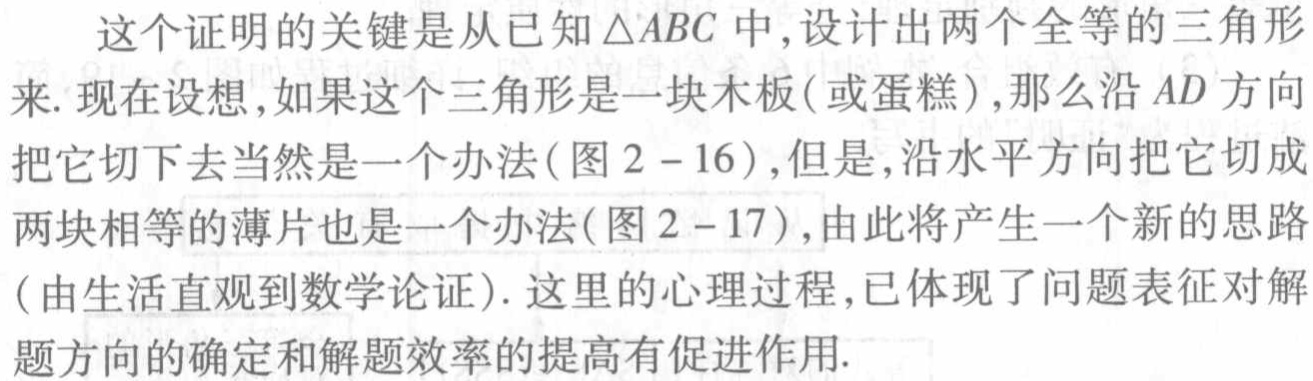
这个证明的关键是从已知$\triangle ABC$中,设计出两个全等的三角形来. 现在设想,如果这个三角形是一块木板(或蛋糕),那么沿$AD$方向把它切下去当然是一个办法(图$2 - 16$),但是,沿水平方向把它切成两块相等的薄片也是一个办法(图$2 - 17$),由此将产生一个新的思路(由生活直观到数学论证). 这里的心理过程,已体现了问题表征对解题方向的确定和解题效率的提高有促进作用.